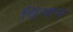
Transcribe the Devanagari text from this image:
चिंन्तन